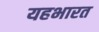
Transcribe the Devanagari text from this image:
यहभारत